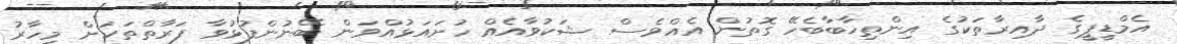
އެމްޑީޕީގެ ދާއިރާތަކުގެ އިންތިޚާބާބެހޭ ގޮތުން އެއްވެސް ޝަކުވާއެއް ހުށައަޅުއްވަން ބޭނުންފުޅުވާ ފަރާތްތަކަށް މިހާރު